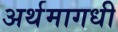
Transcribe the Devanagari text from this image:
अर्थमागधी